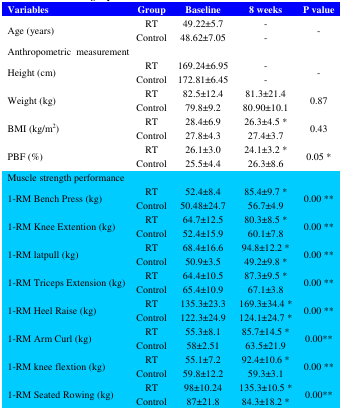
<table><thead><tr><td><b>Variables</b></td><td><b>Group</b></td><td><b>Baseline</b></td><td><b>8 weeks</b></td><td><b>P value</b></td></tr></thead><tbody><tr><td rowspan="2">Age (years)</td><td>RT</td><td>49.22±5.7</td><td>-</td><td rowspan="2">-</td></tr><tr><td>Control</td><td>48.62±7.05</td><td>-</td></tr><tr><td colspan="5">Anthropometric measurement</td></tr><tr><td rowspan="2">Height (cm)</td><td>RT</td><td>169.24±6.95</td><td>-</td><td rowspan="2">-</td></tr><tr><td>Control</td><td>172.81±6.45</td><td>-</td></tr><tr><td rowspan="2">Weight (kg)</td><td>RT</td><td>82.5±12.4</td><td>81.3±21.4</td><td rowspan="2">0.87</td></tr><tr><td>Control</td><td>79.8±9.2</td><td>80.90±10.1</td></tr><tr><td rowspan="2">BMI (kg/m<sup>2</sup>)</td><td>RT</td><td>28.4±6.9</td><td>26.3±4.5 *</td><td rowspan="2">0.43</td></tr><tr><td>Control</td><td>27.8±4.3</td><td>27.4±3.7</td></tr><tr><td rowspan="2">PBF (%)</td><td>RT</td><td>26.1±3.0</td><td>24.1±3.2 *</td><td rowspan="2">0.05 *</td></tr><tr><td>Control</td><td>25.5±4.4</td><td>26.3±8.6</td></tr><tr><td colspan="5">Muscle strength performance</td></tr><tr><td rowspan="2">1-RM Bench Press (kg)</td><td>RT</td><td>52.4±8.4</td><td>85.4±9.7 *</td><td rowspan="2">0.00 **</td></tr><tr><td>Control</td><td>50.48±24.7</td><td>56.7±4.9</td></tr><tr><td rowspan="2">1-RM Knee Extention (kg)</td><td>RT</td><td>64.7±12.5</td><td>80.3±8.5 *</td><td rowspan="2">0.00 **</td></tr><tr><td>Control</td><td>52.4±15.9</td><td>60.1±7.8</td></tr><tr><td rowspan="2">1-RM latpull (kg)</td><td>RT</td><td>68.4±16.6</td><td>94.8±12.2 *</td><td rowspan="2">0.00 **</td></tr><tr><td>Control</td><td>50.9±3.5</td><td>49.2±9.8 *</td></tr><tr><td rowspan="2">1-RM Triceps Extension (kg)</td><td>RT</td><td>64.4±10.5</td><td>87.3±9.5 *</td><td rowspan="2">0.00 **</td></tr><tr><td>Control</td><td>65.4±10.9</td><td>67.1±3.8</td></tr><tr><td rowspan="2">1-RM Heel Raise (kg)</td><td>RT</td><td>135.3±23.3</td><td>169.3±34.4 *</td><td rowspan="2">0.00 **</td></tr><tr><td>Control</td><td>122.3±24.9</td><td>124.1±24.7 *</td></tr><tr><td rowspan="2">1-RM Arm Curl (kg)</td><td>RT</td><td>55.3±8.1</td><td>85.7±14.5 *</td><td rowspan="2">0.00**</td></tr><tr><td>Control</td><td>58±2.51</td><td>63.5±21.9</td></tr><tr><td rowspan="2">1-RM knee flextion (kg)</td><td>RT</td><td>55.1±7.2</td><td>92.4±10.6 *</td><td rowspan="2">0.00 **</td></tr><tr><td>Control</td><td>59.8±12.2</td><td>59.3±3.1</td></tr><tr><td rowspan="2">1-RM Seated Rowing (kg)</td><td>RT</td><td>98±10.24</td><td>135.3±10.5 *</td><td rowspan="2">0.00**</td></tr><tr><td>Control</td><td>87±21.8</td><td>84.3±18.2 *</td></tr></tbody></table>